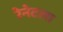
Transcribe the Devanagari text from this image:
रेनेटला